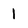
Character: 1